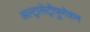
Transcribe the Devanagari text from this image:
अल्ट्रासेंट्रीफुगेशन